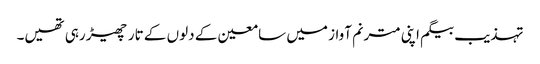
تہذیب بیگم اپنی مترنم آواز میں سامعین کے دلوں کے تار چھیڑ رہی تھیں۔